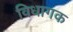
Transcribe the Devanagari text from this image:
विधागक